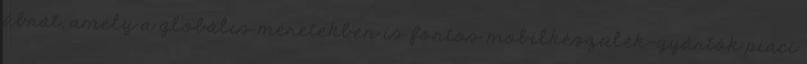
ábrát, amely a globális méretekben is fontos mobilkészülék-gyártók piaci